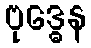
ဗုဒ္ဓေန